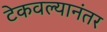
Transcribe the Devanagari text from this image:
टेकवल्यानंतर